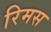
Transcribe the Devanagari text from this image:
रिमस